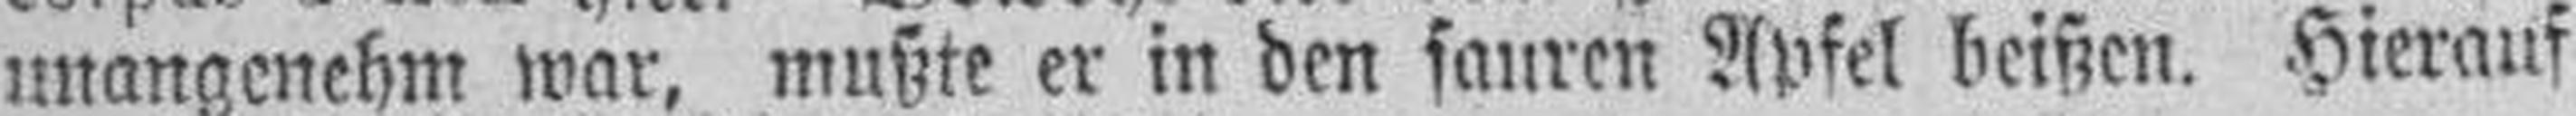
unangenehm war, mußte er in den sauren Apfel beißen. Hierauf